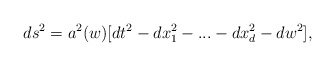
\begin{align*}ds^2 = a^2(w)[dt^2 - dx_{1}^2 -...- dx_{d}^2 - dw^2],\end{align*}